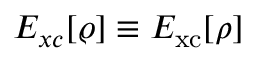
E _ { x c } [ \varrho ] \equiv E _ { \mathrm { x c } } [ \rho ]